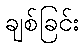
ချစ်ခြင်း